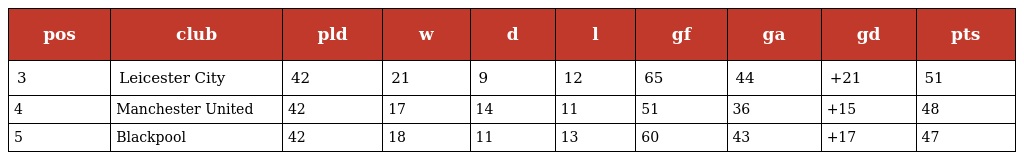
| pos | club | pld | w | d | l | gf | ga | gd | pts |
 | --- | --- | --- | --- | --- | --- | --- | --- | --- | --- |
 | 3 | Leicester City | 42 | 21 | 9 | 12 | 65 | 44 | +21 | 51 |
 | 4 | Manchester United | 42 | 17 | 14 | 11 | 51 | 36 | +15 | 48 |
 | 5 | Blackpool | 42 | 18 | 11 | 13 | 60 | 43 | +17 | 47 |